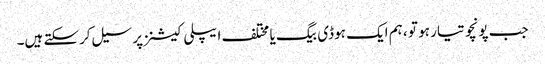
جب پونچو تیار ہو تو ، ہم ایک ہوڈی بیگ یا مختلف ایپلی کیشنز پر سیل کرسکتے ہیں۔